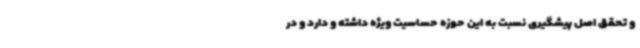
و تحقق اصل پیشگیری نسبت به این حوزه حساسیت ویژه داشته و دارد و در